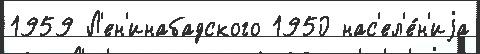
1959 Л'ен'инабадского 1950 нас'ел'е́н'иjа